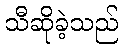
သီဆိုခဲ့သည်